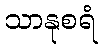
သာနုစရံ